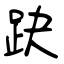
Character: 趹